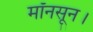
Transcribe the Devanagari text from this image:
मॉनसून।